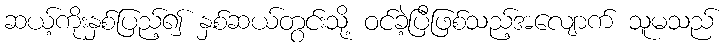
ဆယ့်ကိုးနှစ်ပြည့်၍ နှစ်ဆယ်တွင်းသို့ ဝင်ခဲ့ပြီဖြစ်သည့်အလျောက် သူမသည်